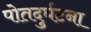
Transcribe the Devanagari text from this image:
पोतदुर्घटना